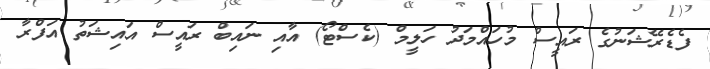
ފެޑެރޭޝަނުގެ ރައީސް މުހައްމަދު ހަލީމް (ކެސްޓޯ) އާއި ނައިބް ރައީސް އައިޝަތު އަފްރާ